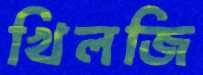
খিলজি